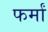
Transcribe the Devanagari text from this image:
फर्मां